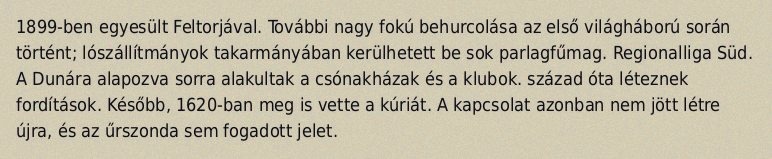
1899-ben egyesült Feltorjával. További nagy fokú behurcolása az első világháború során történt; lószállítmányok takarmányában kerülhetett be sok parlagfűmag. Regionalliga Süd. A Dunára alapozva sorra alakultak a csónakházak és a klubok. század óta léteznek fordítások. Később, 1620-ban meg is vette a kúriát. A kapcsolat azonban nem jött létre újra, és az űrszonda sem fogadott jelet.